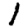
Digit: 1